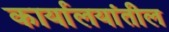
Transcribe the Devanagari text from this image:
कार्यालयांतील